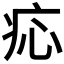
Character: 𤵂